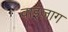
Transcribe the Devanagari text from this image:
वाइज़ाग